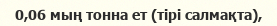
0,06 мың тонна ет (тірі салмақта),